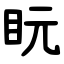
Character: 盶